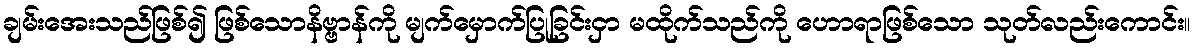
ချမ်းအေးသည်ဖြစ်၍ ဖြစ်သောနိဗ္ဗာန်ကို မျက်မှောက်ပြုခြင်းငှာ မထိုက်သည်ကို ဟောရာဖြစ်သော သုတ်လည်းကောင်း။